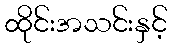
ထိုင်းအသင်းနှင့်